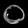
Digit: ၀